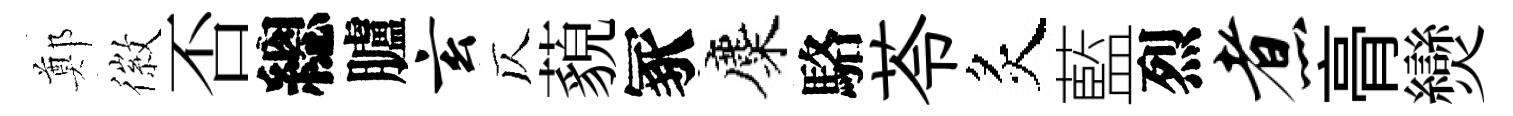
鄭徽否總臚玄仄藐冢麋駱苓炙藍烈煮𮌔𤓖